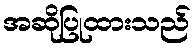
အဆိုပြုထားသည်